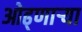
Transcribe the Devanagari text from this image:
ओढ्णार्‍या